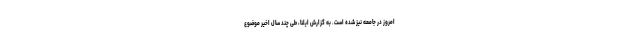
امروز در جامعه نیز شده است. به گزارش ایلنا، طی چند سال اخیر موضوع